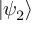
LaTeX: | \psi _ { 2 } \rangle